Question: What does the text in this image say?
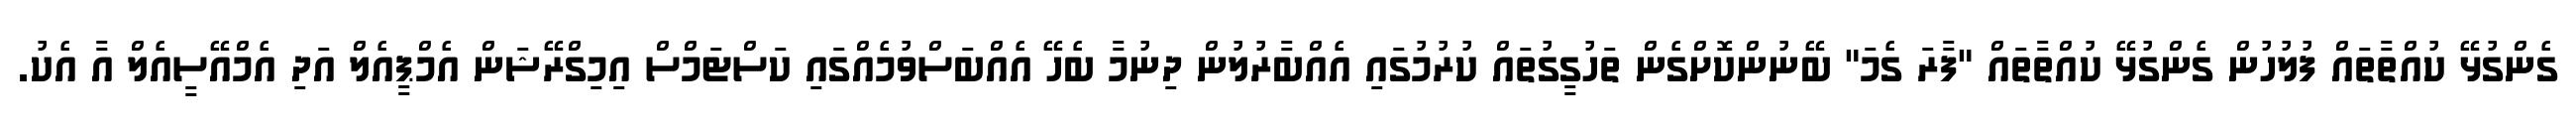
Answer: ގެންގުޅޭ ކުއްތާތައް ފުލުހުން ގެންގުޅޭ ކުއްތާތައް "ފާރަ ގެމަ" ބޭނުންކޮށްގެން ތަހުގީގުތައް ކުރުމުގައި އެއްބާރުލުން ދިނުމާ ބެހޭ އެއްބަސްވުމެއްގައި ކަސްޓަމްސް އިމިގްރޭޝަން އެމްޕީއެލް އަދި އެމްއޭސީއެލް އާ އެކު.